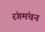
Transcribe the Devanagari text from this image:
रंगमंचन